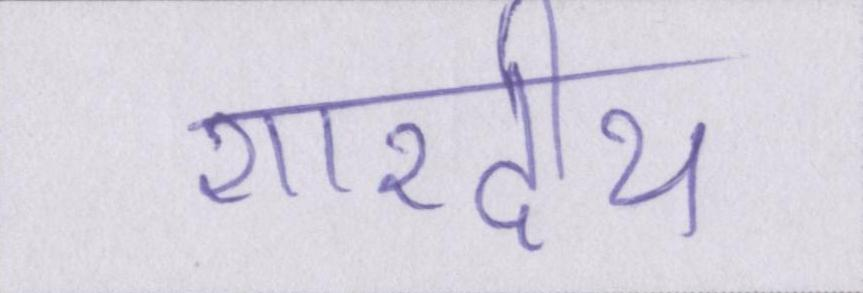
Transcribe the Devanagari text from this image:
शारदीय